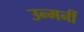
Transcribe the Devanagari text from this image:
उन्मनीं